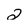
Character: 2